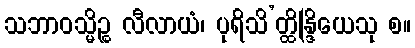
သဘာဝသ္မိဉ္စ လီလာယံ၊ ပုရိသိ’တ္ထိန္ဒြိယေသု စ။